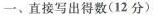
一、直接写出得数(12分）